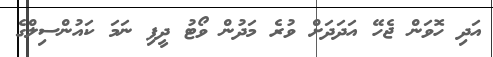
އަދި ހޮވަން ޖެހޭ އަދަދަށް ވުރެ މަދުން ވޯޓު ދީފި ނަމަ ކައުންސިލްގެ